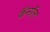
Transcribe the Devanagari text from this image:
कॅनाॅल